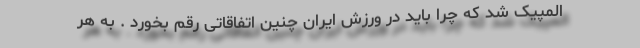
المپیک شد که چرا باید در ورزش ایران چنین اتفاقاتی رقم بخورد . به هر